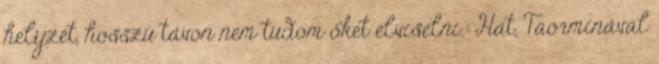
helyzet, hosszú távon nem tudom őket elviselni.: Hát, Taorminával